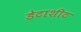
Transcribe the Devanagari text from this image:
डेटाशीट